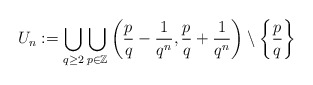
\begin{align*}U_{n}:=\bigcup_{q\geq 2} \bigcup_{p\in{\mathbb{Z}}} \left(\frac{p}{q}-\frac{1}{q^{n}},\frac{p}{q}+\frac{1}{q^{n}}\right)\setminus \left\{\frac{p}{q}\right\}\end{align*}